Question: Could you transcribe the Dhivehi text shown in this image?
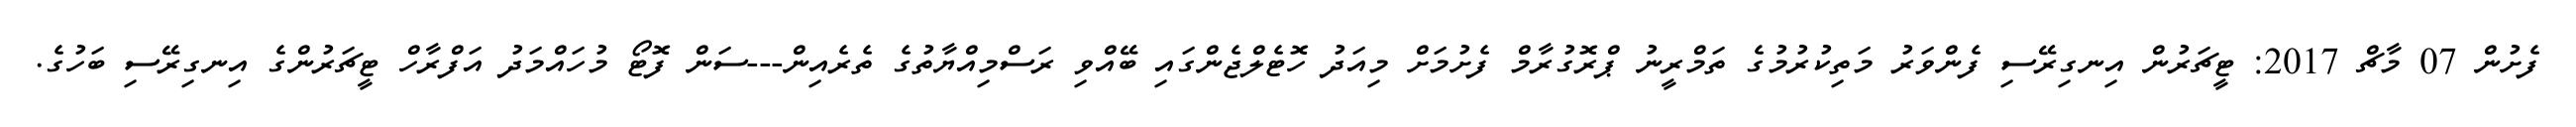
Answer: ފެށުން 07 މާޗް 2017: ޓީޗަރުން އިނގިރޭސި ފެންވަރު މަތިކުރުމުގެ ތަމްރީނު ޕްރޮގުރާމް ފެށުމަށް މިއަދު ހޮޓެލްޖެންގައި ބޭއްވި ރަސްމިއްޔާތުގެ ތެރެއިން---ސަން ފޮޓޯ މުހައްމަދު އަފްރާހް ޓީޗަރުންގެ އިނގިރޭސި ބަހުގެ.